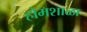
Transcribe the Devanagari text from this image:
होमशाळा